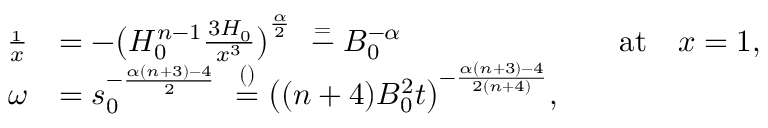
\begin{array} { r l r l } { \frac { \d H _ { 1 } } { \d x } } & { = - \big ( H _ { 0 } ^ { n - 1 } \frac { \d ^ { 3 } H _ { 0 } } { \d x ^ { 3 } } \big ) ^ { \frac \alpha 2 } \ \stackrel = - B _ { 0 } ^ { - \alpha } } & & { \mathrm { a t } \quad x = 1 , } \\ { \omega } & { = s _ { 0 } ^ { - \frac { \alpha ( n + 3 ) - 4 } { 2 } } \ \stackrel { ( ) } = \big ( ( n + 4 ) B _ { 0 } ^ { 2 } t \big ) ^ { - \frac { \alpha ( n + 3 ) - 4 } { 2 ( n + 4 ) } } , } \end{array}